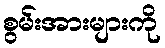
စွမ်းအားများကို